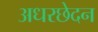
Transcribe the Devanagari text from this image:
अधरछेदन